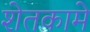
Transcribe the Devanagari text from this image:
शेतकामे